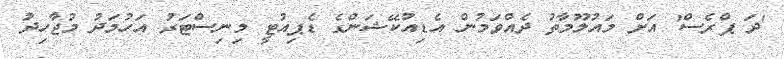
'ދަ ޕްރެސް' އަށް މައުލޫމާތު ދެއްވަމުން އެޑިއުކޭޝަންގެ ޑެޕިއުޓީ މިނިސްޓަރު އަހުމަދު މުޖާހިދު